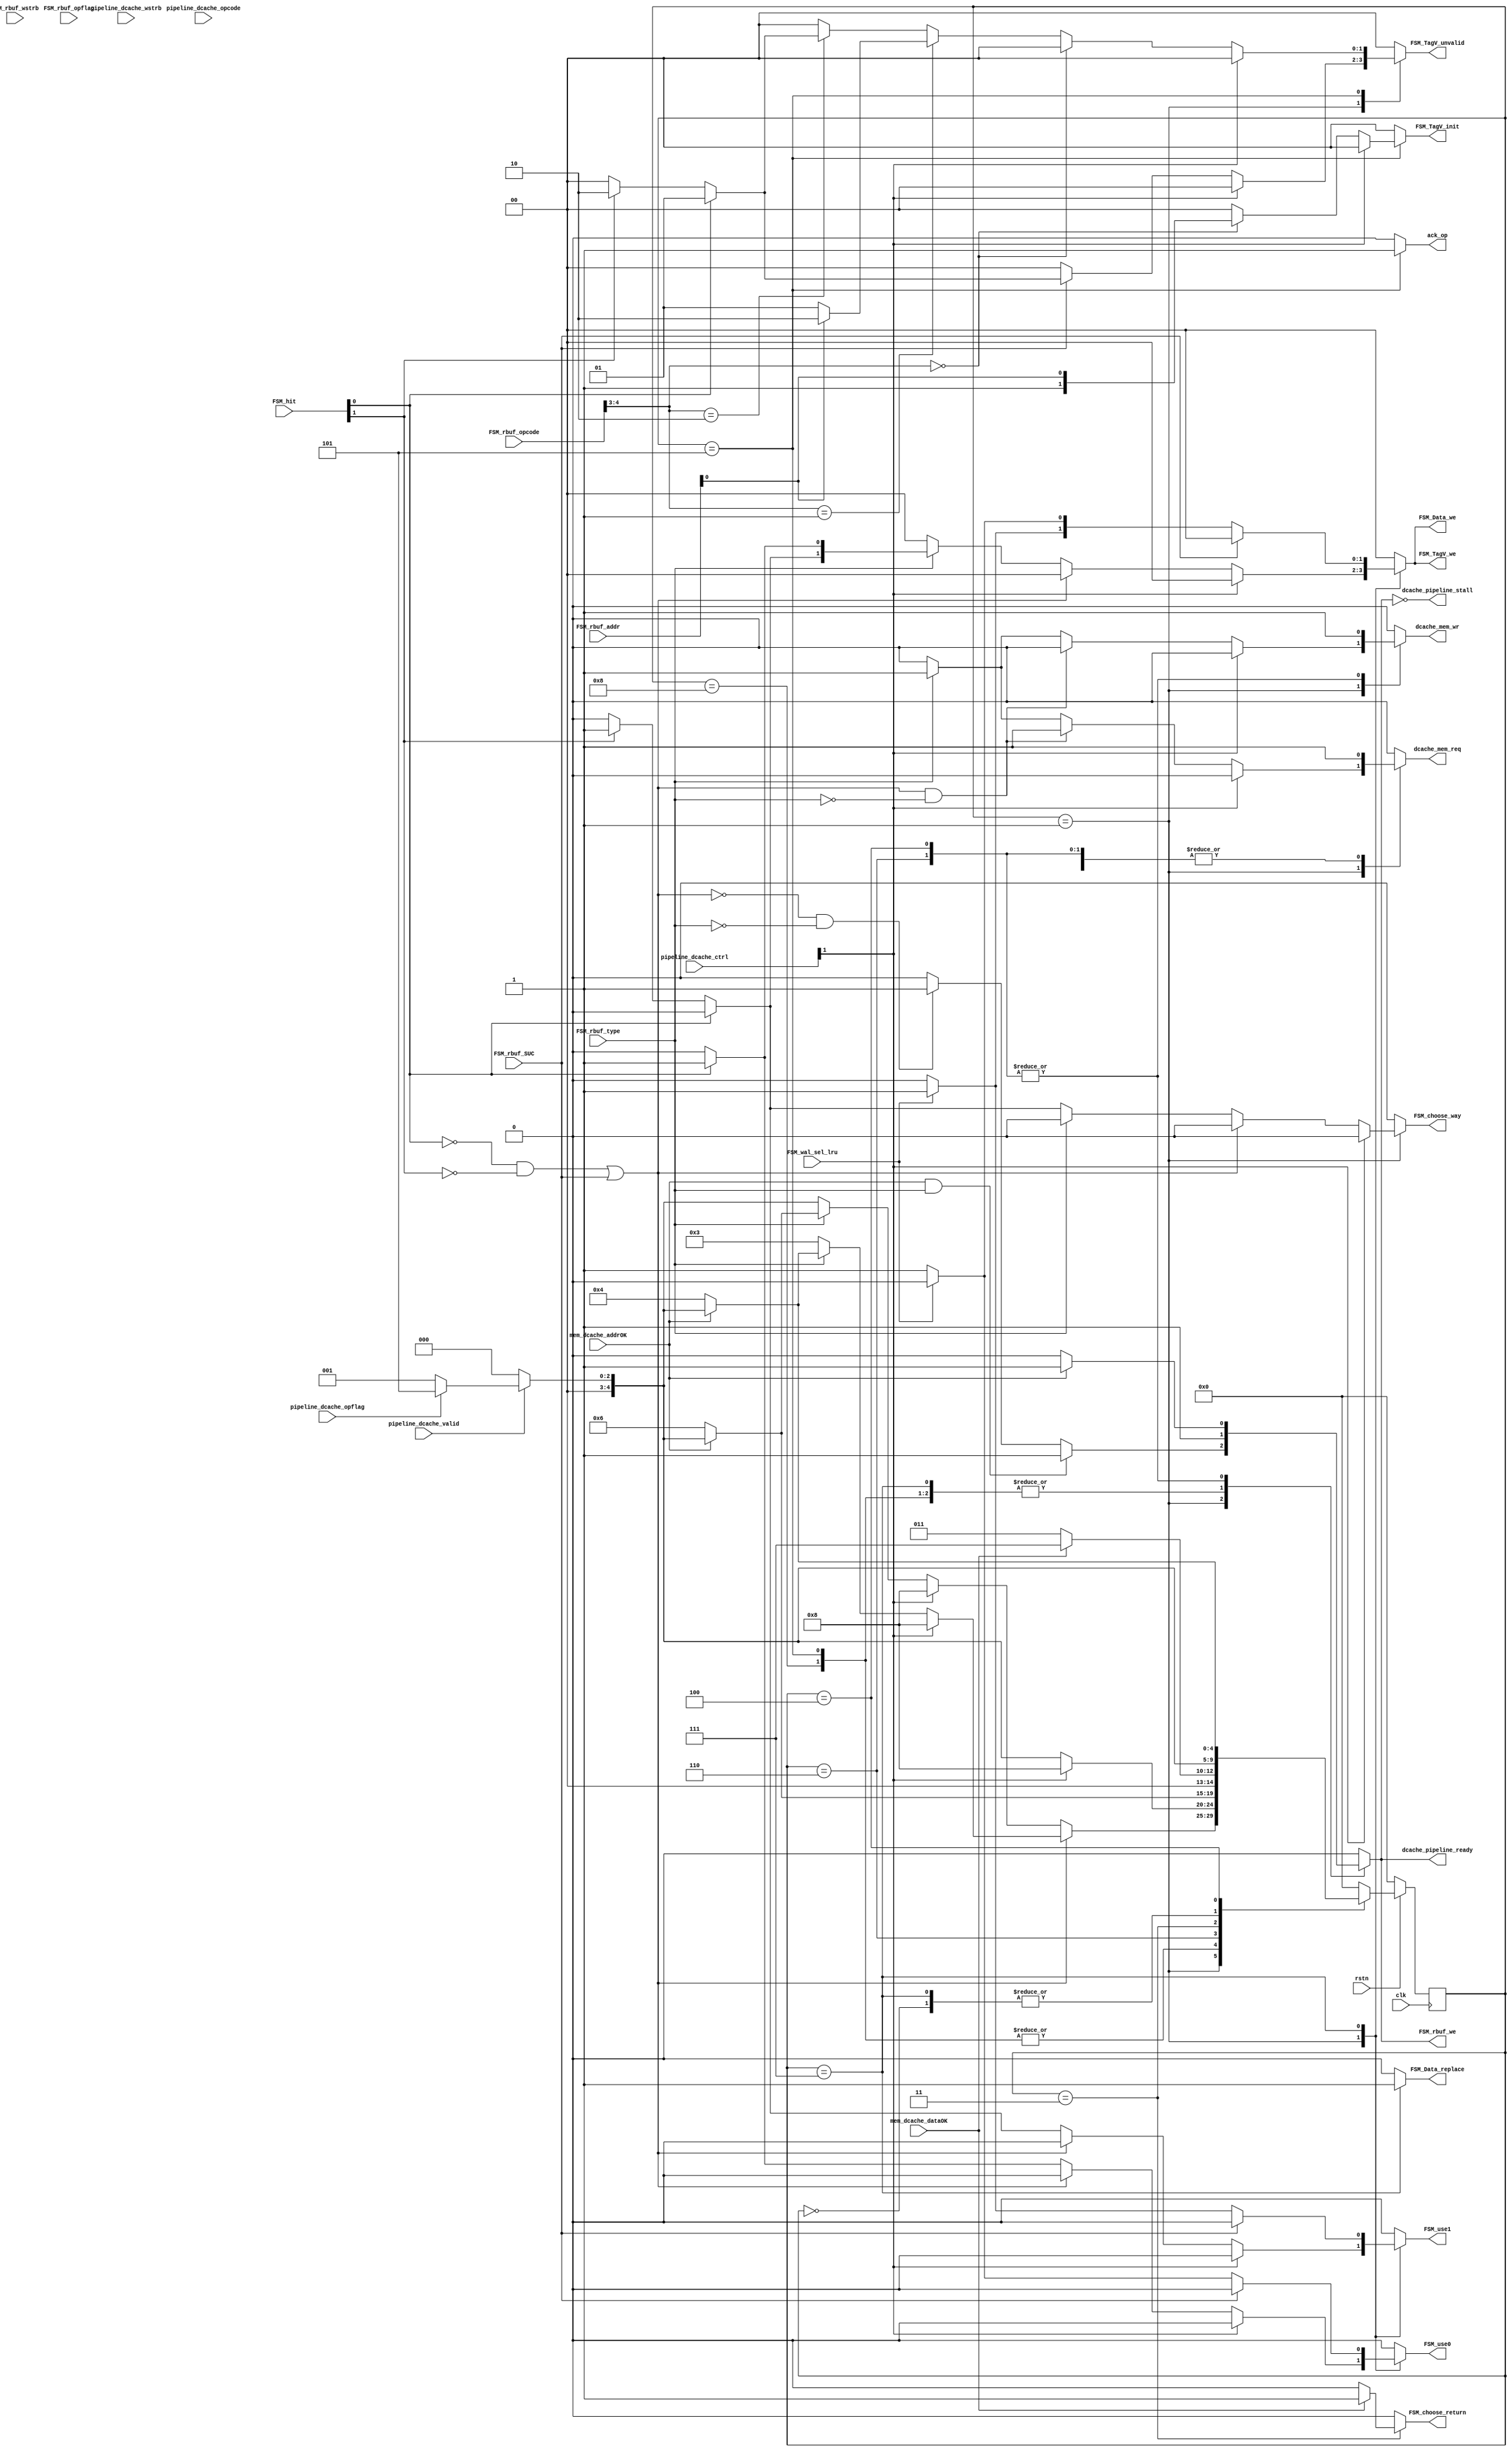
`timescale 1ns / 1ps
//////////////////////////////////////////////////////////////////////////////////
// Company: 
// Engineer: 
// 
// Design Name: 
// Module Name: Dcache_FSMmain
// Project Name: 
// Target Devices: 
// Tool Versions: 
// Description: 
// 
// Dependencies: 
// 
// Revision:
// Revision 0.01 - File Created
// Additional Comments:
// 
//////////////////////////////////////////////////////////////////////////////////


module Dcache_FSMmain#(
    parameter   index_width=4,
                offset_width=2,
                way=2
)
(
    input clk,rstn,

    //
    input       pipeline_dcache_valid,
    output reg  dcache_pipeline_ready,
    input       [3:0]pipeline_dcache_wstrb,
    input       [31:0]pipeline_dcache_opcode,// rbuf
    input       pipeline_dcache_opflag,
    output reg  ack_op,
    input       [31:0]pipeline_dcache_ctrl,//stall flush branch ...
    output      dcache_pipeline_stall,//stall form dcache

    output reg  dcache_mem_req,
    output reg  dcache_mem_wr,//write-1  read-0
    input       mem_dcache_addrOK,//
    input       mem_dcache_dataOK,//

    //
    
    //reqbuf
    output reg  FSM_rbuf_we,
    input       [31:0]FSM_rbuf_opcode,
    input       FSM_rbuf_opflag,//
    input       [31:0]FSM_rbuf_addr,
    input       FSM_rbuf_type,//0-read  1-write
    input       [3:0]FSM_rbuf_wstrb,
    input       FSM_rbuf_SUC,//

    //lru
    output reg  FSM_use0,FSM_use1,
    input       FSM_wal_sel_lru,

    //data TagV
    input       [way-1:0]FSM_hit,
    output reg  [way-1:0]FSM_Data_we,
    output      [way-1:0]FSM_TagV_we,//
    output reg  FSM_Data_replace,
    output reg  [way-1:0]FSM_TagV_unvalid,
    output reg  [1:0]FSM_TagV_init,
    // output reg  FSM_way_select,

    //
    output reg  FSM_choose_way,
    output reg  FSM_choose_return
    
    );

assign dcache_pipeline_stall = ~ dcache_pipeline_ready;
assign FSM_TagV_we=FSM_Data_we;
wire hit0,hit1;
assign hit0=FSM_hit[0];
assign hit1=FSM_hit[1];
wire fStall_outside=0;
wire opflag;
assign opflag=pipeline_dcache_opflag;
wire Miss = ((!hit0)&&(!hit1)) || FSM_rbuf_SUC;
wire flush_outside = pipeline_dcache_ctrl[1];
reg [4:0]state;
reg [4:0]next_state;
localparam Idle=5'd0,Lookup=5'd1,Miss_r_waitdata=5'd3,Miss_w=5'd4,Operation=5'd5,Hit_w=5'd6,Miss_r_waitdata1=5'd7;
localparam Flush=5'd8;
always @(posedge clk) begin
    if(!rstn)state<=0;
    else state<=next_state;
end
always @(*) begin
    next_state = 0;
    case (state)
        Idle:begin
            if(pipeline_dcache_valid)begin
                if(opflag)next_state=Operation;
                else next_state=Lookup;
            end
            else next_state=Idle;
        end
        Lookup:begin
                if(Miss)begin
                    if(flush_outside)next_state = Flush;
                    else if(!FSM_rbuf_type)begin//r
                        next_state = Miss_r_waitdata;
                    end
                    else begin
                        if(!mem_dcache_addrOK)next_state=Miss_w;
                        else begin
                            if(pipeline_dcache_valid)begin
                                if(opflag)next_state=Operation;
                                else next_state=Lookup;
                            end
                            else next_state=Idle;
                        end
                    end
                end
                else begin//hit
                    if(flush_outside)next_state = Flush;
                    else if(!FSM_rbuf_type)begin//r
                        if(pipeline_dcache_valid)begin
                            if(opflag)next_state=Operation;
                            else next_state=Lookup;
                        end
                        else next_state=Idle;
                    end
                    else begin
                        if(!mem_dcache_addrOK)next_state=Hit_w;
                        else begin
                            if(pipeline_dcache_valid)begin
                                if(opflag)next_state=Operation;
                                else next_state=Lookup;
                            end
                            else next_state=Idle;
                        end
                    end
                end
        end
        Flush:begin
            if(flush_outside)begin
                next_state = Flush;
            end
            else begin
                if(pipeline_dcache_valid)begin
                    if(opflag)next_state=Operation;
                    else next_state=Lookup;
                end
                else next_state=Idle;
            end
        end
        Operation:begin
            if(flush_outside)begin
                next_state = Flush;
            end
            else begin
                if(pipeline_dcache_valid)begin
                    if(opflag)next_state=Operation;
                    else next_state=Lookup;
                end
                else next_state=Idle;
            end
        end
        Hit_w:begin
            if(!mem_dcache_addrOK)next_state = Hit_w;
            else begin
                if(pipeline_dcache_valid)begin
                    if(opflag)next_state=Operation;
                    else next_state=Lookup;
                end
                else next_state=Idle;
            end
        end
        Miss_r_waitdata:begin
            if(!mem_dcache_dataOK)next_state=Miss_r_waitdata;
            else next_state = Miss_r_waitdata1;
        end
        Miss_r_waitdata1:begin
            if(pipeline_dcache_valid)begin
                if(opflag)next_state=Operation;
                else next_state=Lookup;
            end
            else next_state=Idle;
        end
        Miss_w:begin
            if(!mem_dcache_addrOK)next_state=Miss_w;
            else begin
                if(pipeline_dcache_valid)begin
                    if(opflag)next_state=Operation;
                    else next_state=Lookup;
                end
                else next_state=Idle;
            end
        end
        default:next_state = Idle;
    endcase
end
always @(*) begin
    dcache_pipeline_ready = 0;
    dcache_mem_req = 0;
    dcache_mem_wr = 0;
    FSM_rbuf_we = 0;
    FSM_use0 = 0;
    FSM_use1 = 0;
    FSM_Data_we = 2'd0;
    FSM_TagV_unvalid = 2'd0;
    FSM_choose_way = 0;
    FSM_choose_return = 0;
    FSM_Data_replace = 0;
    FSM_TagV_init = 0;
    ack_op = 0;
    case (state)
        Idle:begin
            dcache_pipeline_ready=1;
            FSM_rbuf_we=1;
        end
        Lookup:begin
            if(!flush_outside)begin
                if(FSM_rbuf_SUC)begin
                    if(hit0)FSM_TagV_unvalid = 2'b01;
                    else if(hit1)FSM_TagV_unvalid = 2'b10;
                end
                if(FSM_rbuf_type)begin dcache_mem_req = 1; dcache_mem_wr = 1; end
                if(Miss & ~FSM_rbuf_type)begin dcache_mem_req = 1; dcache_mem_wr = 0; end
                if(~Miss)begin
                    if(FSM_rbuf_type)begin//Write Hit
                        if(hit0)begin FSM_Data_we[0] = 1; FSM_use0 = 1; end
                        else if(hit1)begin FSM_Data_we[1] = 1; FSM_use1 = 1; end
                    end
                    else begin//Read Hit
                        if(hit0)begin FSM_choose_way = 0; FSM_use0 = 1; end
                        else if(hit1)begin FSM_choose_way = 1; FSM_use1 = 1; end
                    end
                end
            end
            if(mem_dcache_addrOK && FSM_rbuf_type)begin //
                dcache_pipeline_ready = 1; FSM_rbuf_we = 1; 
            end
            else if(!Miss && !FSM_rbuf_type)begin //
                dcache_pipeline_ready = 1; FSM_rbuf_we = 1;
            end
        end
        Operation:begin
            dcache_pipeline_ready = 1;
            FSM_rbuf_we = 1;
            ack_op = 1;
            if(!flush_outside)begin
                if(FSM_rbuf_opcode[4:3] == 2'd0)begin
                    FSM_TagV_init = {1'b1,FSM_rbuf_addr[0]};
                end
                else if(FSM_rbuf_opcode[4:3] == 2'd1)begin
                    if(!FSM_rbuf_addr[0])FSM_TagV_unvalid = 2'b01;
                    else FSM_TagV_unvalid = 2'b10;
                end
                else if(FSM_rbuf_opcode[4:3] == 2'd2)begin
                    if(hit0)FSM_TagV_unvalid = 2'b01;
                    else if(hit1)FSM_TagV_unvalid = 2'b10;
                end    
            end
        end
        Flush:begin
            dcache_pipeline_ready=1;
            FSM_rbuf_we=1;
        end
        Hit_w:begin
            dcache_mem_wr=1;
            dcache_mem_req=1;
            if(mem_dcache_addrOK)begin
                dcache_pipeline_ready = 1;
                FSM_rbuf_we = 1;
            end
        end
        Miss_r_waitdata:begin
            dcache_mem_wr=0;
            dcache_mem_req=1;
            if(mem_dcache_dataOK)begin
                FSM_choose_return=1;
            end
        end
        Miss_r_waitdata1:begin
            FSM_rbuf_we=1;
            dcache_pipeline_ready=1;
            FSM_Data_replace=1;
            if(!FSM_rbuf_SUC)begin//cache
                if(FSM_wal_sel_lru==1'd0)begin
                    FSM_Data_we[0]=1;
                    FSM_use0=1;
                end
                else if(FSM_wal_sel_lru==1'd1)begin
                    FSM_Data_we[1]=1;
                    FSM_use1=1;
                end
            end
        end
        Miss_w:begin
            dcache_mem_wr=1;
            dcache_mem_req=1;
            if(mem_dcache_addrOK)begin
                dcache_pipeline_ready = 1;
                FSM_rbuf_we = 1;
            end
        end
        default:;
    endcase
end
endmodule